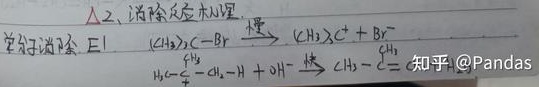
Δ、消除反应机理单分子消除E1：
\((CH_{3})_{3}C - Br\xrightarrow{\text{慢}} (CH_{3})_{3}C^{+}+Br^{-}\)
\(H_{3}C-\overset{\text{H}}{\overset{|}{C}}-CH_{2}-H + OH^{-}\xrightarrow{\text{快}}CH_{3}-C = CH_{2}\)
知乎@Pandas